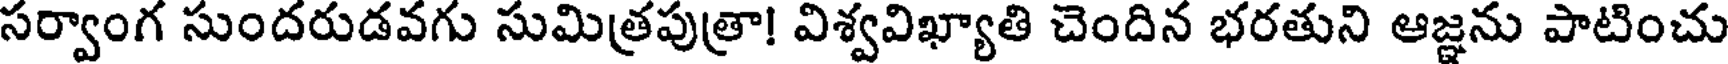
సర్వాంగ సుందరుడవగు సుమిత్రపుత్రా! విశ్వవిఖ్యాతి చెందిన భరతుని ఆజ్ఞను పాటించు